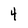
Character: 4